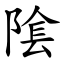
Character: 隂